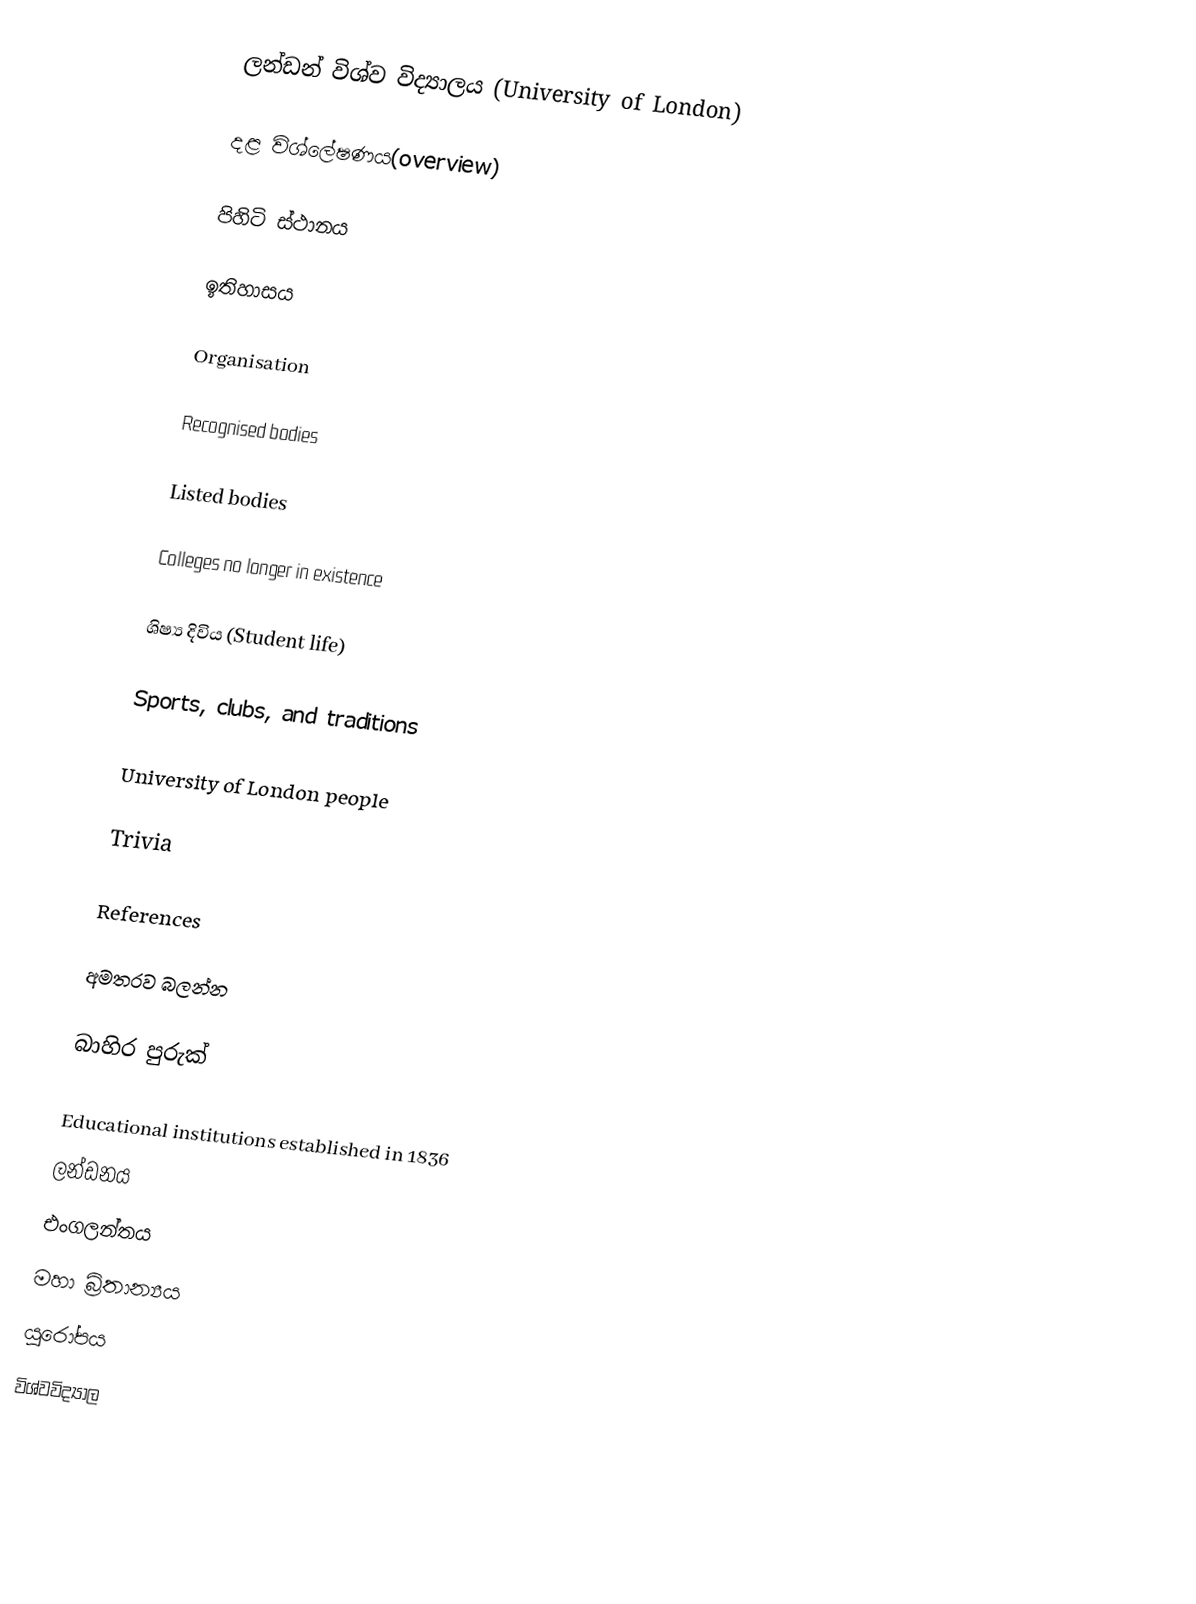
ලන්ඩන් විශ්ව විද්‍යාලය (University of London)

දළ විශ්ලේෂණය(overview)

පිහිටි ස්ථානය

ඉතිහාසය

Organisation

Recognised bodies

Listed bodies

Colleges no longer in existence

ශිෂ්‍ය දිවිය (Student life)

Sports, clubs, and traditions

University of London people

Trivia

References

අමතරව බලන්න

බාහිර පුරුක්

Educational institutions established in 1836
ලන්ඩනය
එංගලන්තය
මහා බ්‍රිතාන්‍යය
යුරෝපය
විශ්වවිද්‍යාල